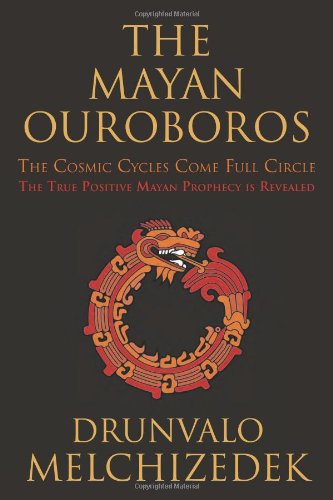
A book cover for The Mayan Ouroboros: The Cosmic Cycles Come Full Circle; Drunvalo Melchizedek; Religion & Spirituality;